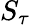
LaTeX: S_{\tau}